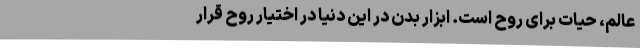
عالم، حیات برای روح است. ابزار بدن در این دنیا در اختیار روح قرار